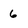
Character: 6